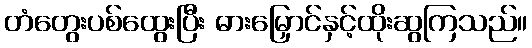
တံတွေးပစ်ထွေးပြီး ဓားမြှောင်နှင့်ထိုးဆွကြသည်။